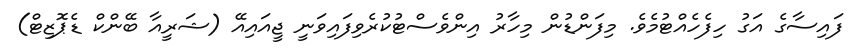
ފައިސާގެ އަގު ހިފެހެއްޓުމެވެ. މިފަންޑުން މިހާރު އިންވެސްޓުކުރެވިފައިވަނީ ޖީއައިއޭ (ޝަރީއާ ބޭންކް ޑެޕޮޒިޓް)